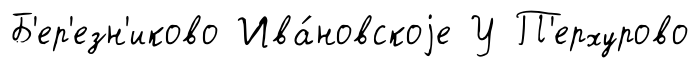
Б'ер'езн'иково Ива́новскоjе У П'ерхурово